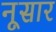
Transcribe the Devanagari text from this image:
नूसार